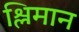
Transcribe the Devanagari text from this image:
श्लिमान